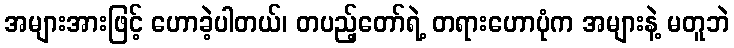
အများအားဖြင့် ဟောခဲ့ပါတယ်၊ တပည့်တော်ရဲ့ တရားဟောပုံက အများနဲ့ မတူဘဲ